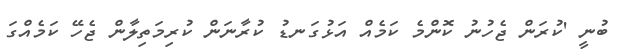
ބުނީ 'ކުރަން ޖެހުނު ކޮންމެ ކަމެއް އަޅުގަނޑު ކުރާނަން ކުރިމަތިލާން ޖެހޭ ކަމެއްގަ